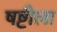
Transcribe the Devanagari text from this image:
षष्टीला